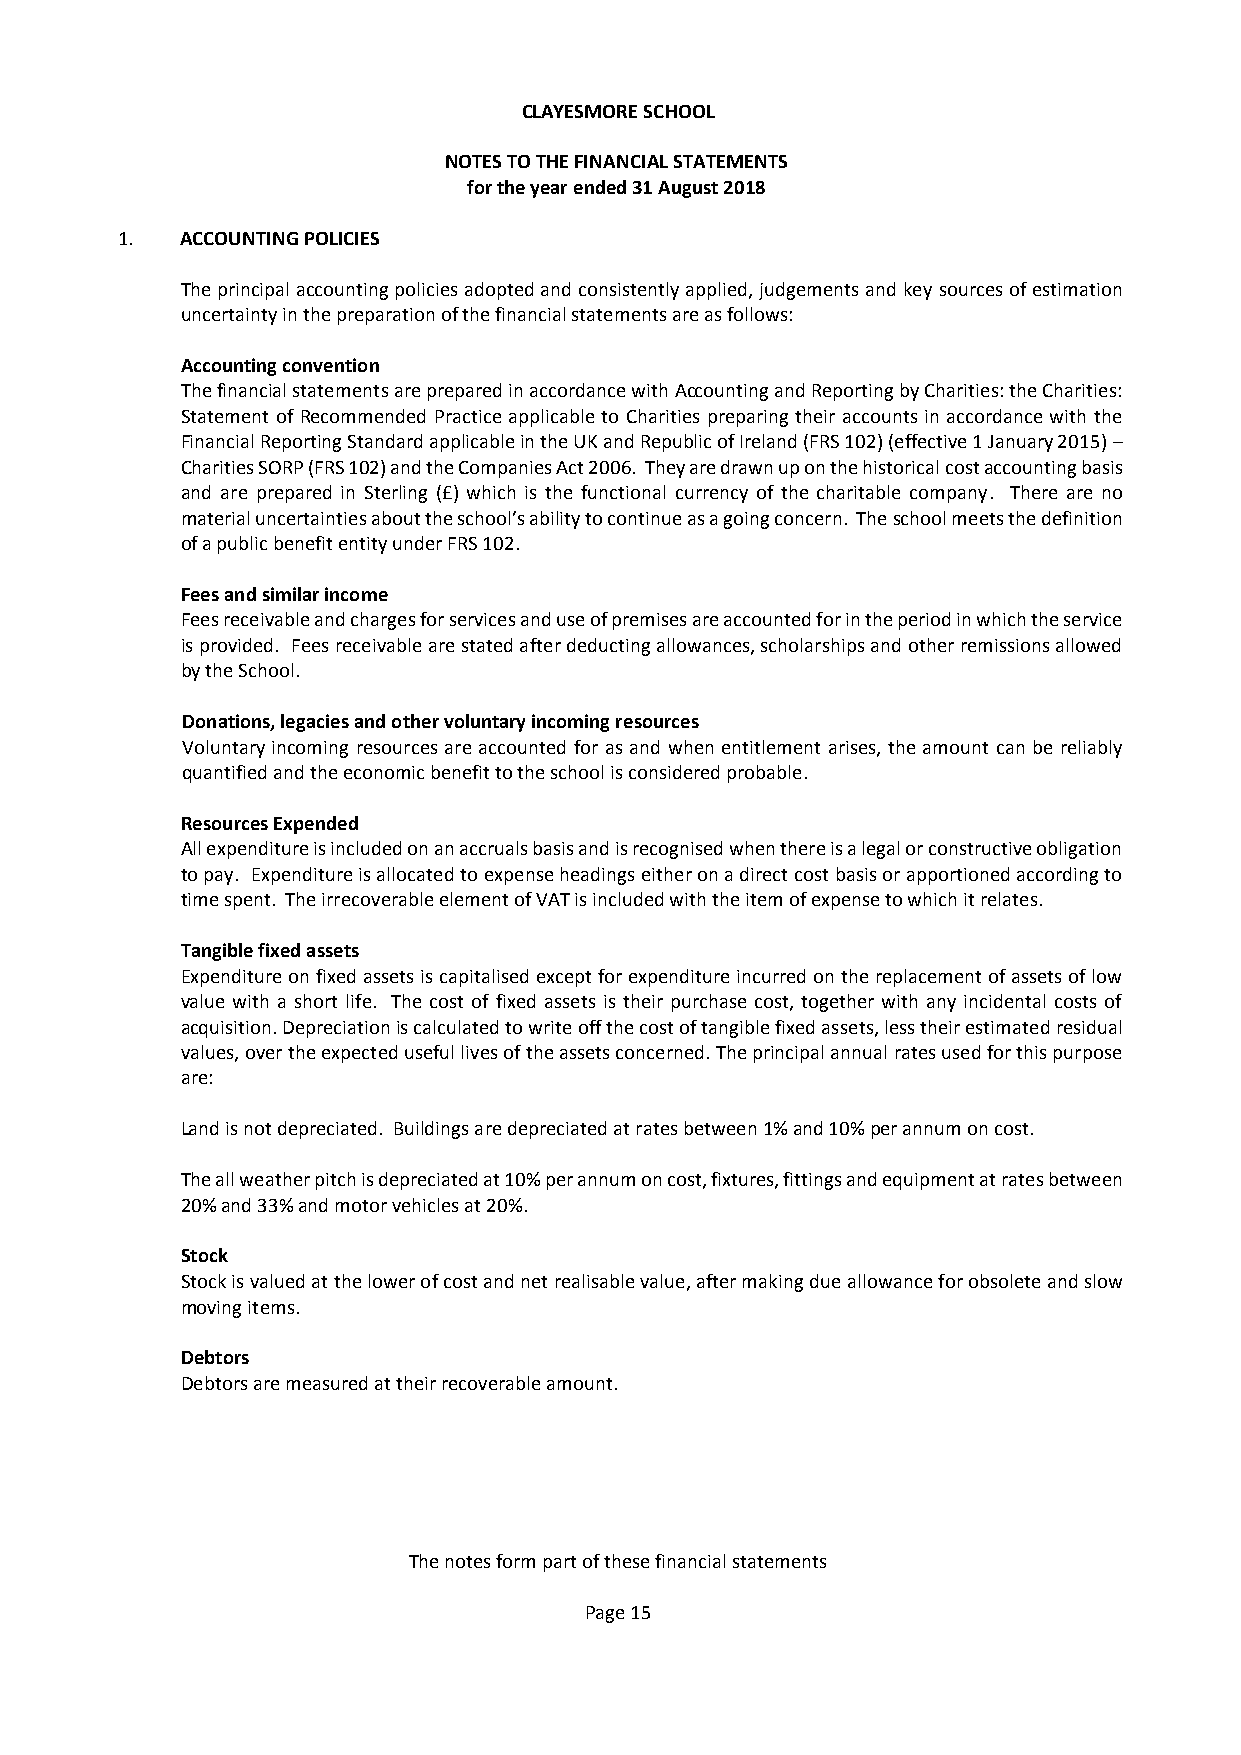
CLAYESMORE SCHOOL
 NOTES TO THE FINANCIAL STATEMENTS
 for the year ended 31 August 2018
 1.  ACCOUNTING POLICIES
 The principal accounting policies adopted and consistently applied, judgements and key sources of estimation
 uncertainty in the preparation of the financial statements are as follows:
 Accounting convention
 The financial statements are prepared in accordance with Accounting and Reporting by Charities: the Charities:
 Statement of Recommended Practice applicable to Charities preparing their accounts in accordance with the
 Financial Reporting Standard applicable in the UK and Republic of Ireland (FRS 102) (effective 1 January 2015) –
 Charities SORP (FRS 102) and the Companies Act 2006. They are drawn up on the historical cost accounting basis
 and are prepared in Sterling (£) which is the functional currency of the charitable company. There are no
 material uncertainties about the school’s ability to continue as a going concern. The school meets the definition
 of a public benefit entity under FRS 102.
 Fees and similar income
 Fees receivable and charges for services and use of premises are accounted for in the period in which the service
 is provided. Fees receivable are stated after deducting allowances, scholarships and other remissions allowed
 by the School.
 Donations, legacies and other voluntary incoming resources
 Voluntary incoming resources are accounted for as and when entitlement arises, the amount can be reliably
 quantified and the economic benefit to the school is considered probable.
 Resources Expended
 All expenditure is included on an accruals basis and is recognised when there is a legal or constructive obligation
 to pay. Expenditure is allocated to expense headings either on a direct cost basis or apportioned according to
 time spent. The irrecoverable element of VAT is included with the item of expense to which it relates.
 Tangible fixed assets
 Expenditure on fixed assets is capitalised except for expenditure incurred on the replacement of assets of low
 value with a short life. The cost of fixed assets is their purchase cost, together with any incidental costs of
 acquisition. Depreciation is calculated to write off the cost of tangible fixed assets, less their estimated residual
 values, over the expected useful lives of the assets concerned. The principal annual rates used for this purpose
 are:
 Land is not depreciated. Buildings are depreciated at rates between 1% and 10% per annum on cost.
 The all weather pitch is depreciated at 10% per annum on cost, fixtures, fittings and equipment at rates between
 20% and 33% and motor vehicles at 20%.
 Stock
 Stock is valued at the lower of cost and net realisable value, after making due allowance for obsolete and slow
 moving items.
 Debtors
 Debtors are measured at their recoverable amount.
 The notes form part of these financial statements
 Page 15